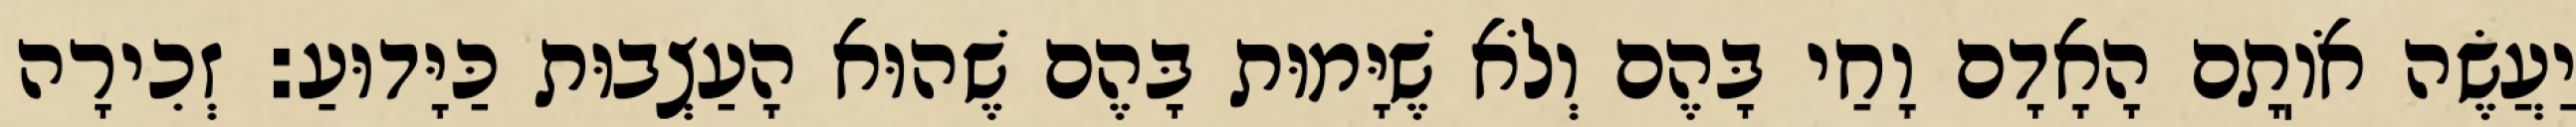
יַעֲשֶׂה אֹוֽתָם הָאָדָם וָחַי בָּהֶם וְלֹא שֶׁיָּמוּת בָּהֶם שֶׁהוּא הָעַצְבוּת כַּיָּדוּעַ: זְכִירָה